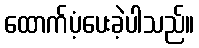
ထောက်ပံ့ပေးခဲ့ပါသည်။